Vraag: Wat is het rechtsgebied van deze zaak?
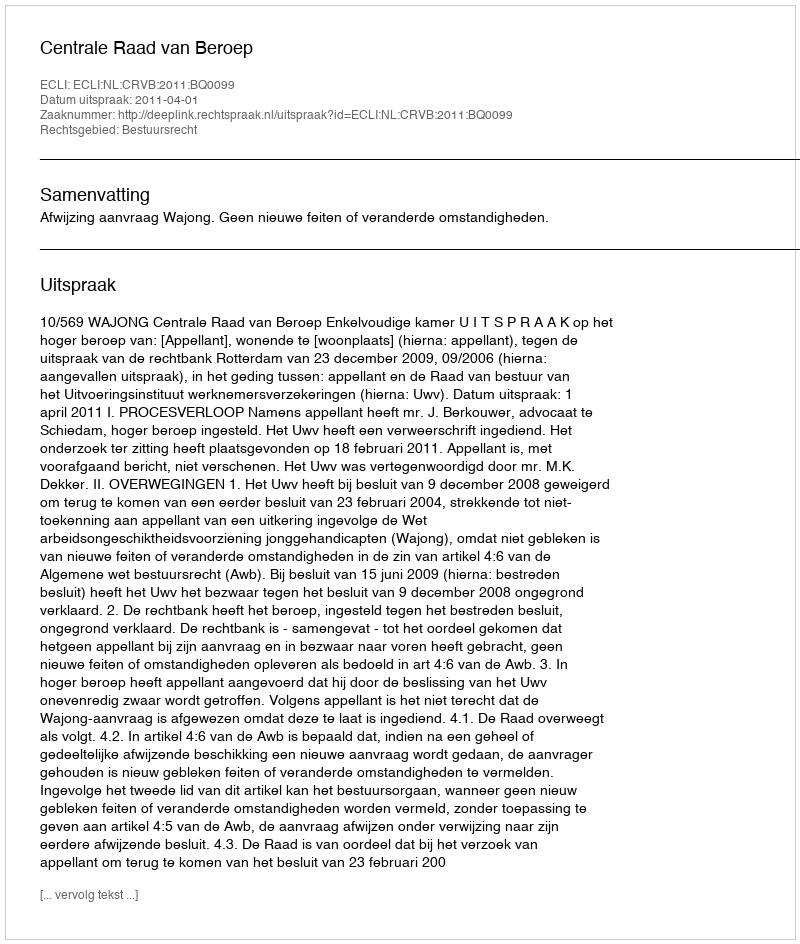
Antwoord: Bestuursrecht